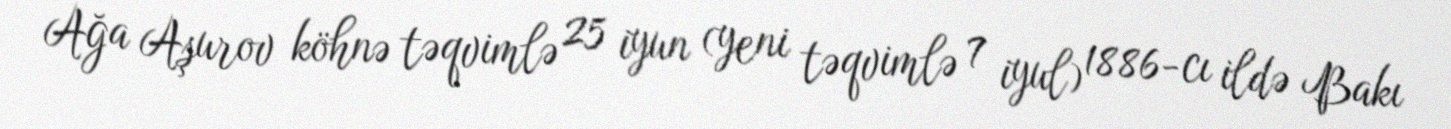
Ağa Aşurov köhnə təqvimlə 25 iyun (yeni təqvimlə 7 iyul) 1886-cı ildə Bakı